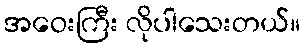
အဝေးကြီး လိုပါသေးတယ်။